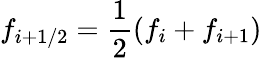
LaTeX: f_{i+1/2}=\frac{1}{2}\left(f_{i}+f_{i+1}\right)